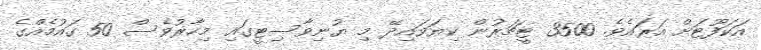
އަކަފޫޓަށް އަރައެވެ. 3500 ޓީޗަރުން ކިޔަވައިދޭ މި ޔުނިވާސިޓީގައި މިހާރުވެސް 50 ގައުމެއްގެ